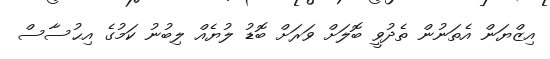
އިޒްޔަން އެތަނުން ތެދުވީ ބޮލަށް ވަރަށް ބޮޑު ލުޔެއް ލިބުނު ކަމުގެ އިޙުސާސް